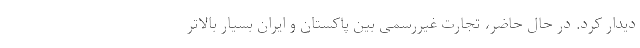
دیدار کرد. در حال حاضر، تجارت غیررسمی بین پاکستان و ایران بسیار بالاتر